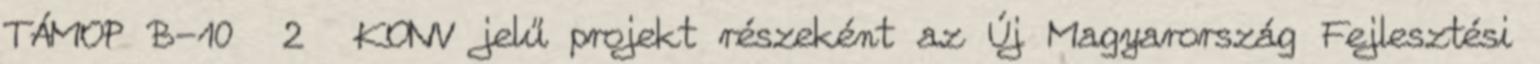
TÁMOP B-10 2 KONV jelű projekt részeként az Új Magyarország Fejlesztési